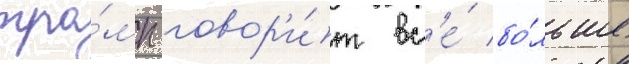
тра́мп говор'и́т вс'е́ бо́льше